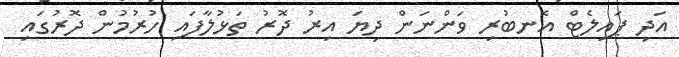
އަދި ޕައިލެޓް އެނބުރި ވަންނަން ދިޔަ އިރު ދޮރު ތަޅުލާފައި ހުރުމުން ދޮރުގައި